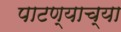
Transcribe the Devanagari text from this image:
पाटण्याच्या